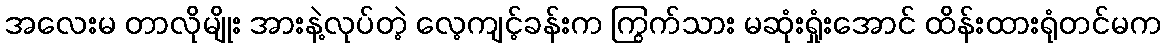
အလေးမ တာလိုမျိုး အားနဲ့လုပ်တဲ့ လေ့ကျင့်ခန်းက ကြွက်သား မဆုံးရှုံးအောင် ထိန်းထားရုံတင်မက